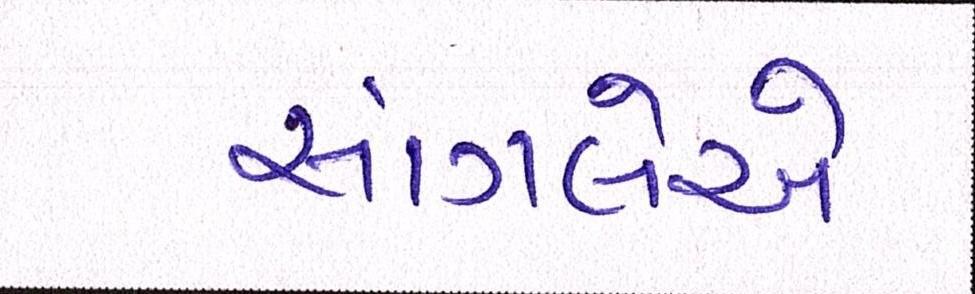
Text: સાંગલેએ